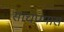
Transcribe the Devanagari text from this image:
साचण्यास